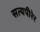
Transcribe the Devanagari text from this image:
सत्यपीरेर